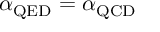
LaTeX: \alpha _ { \mathrm { Q E D } } = \alpha _ { \mathrm { Q C D } }